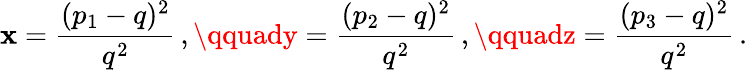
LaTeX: \mathbf{x}=\frac{{(p_{1}-q)^{2}}}{{q^{2}}}\, ,\qquady=\frac{{(p_{2}-q)^{2}}}{{q^{2}}}\, ,\qquadz=\frac{{(p_{3}-q)^{2}}}{{q^{2}}}\, .